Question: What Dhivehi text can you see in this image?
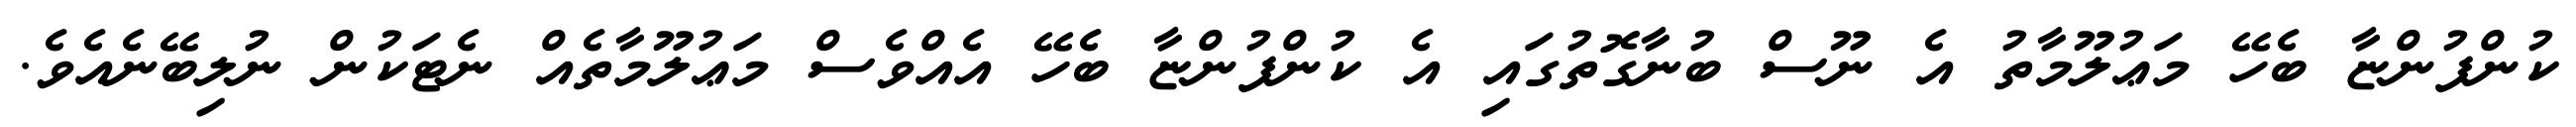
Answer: ކުންފުންޏާ ބެހޭ މަޢުލޫމާތު އެ ނޫސް ބުނާގޮތުގައި އެ ކުންފުންޏާ ބެހޭ އެއްވެސް މަޢުލޫމާތެއް ނެޓަކުން ނުލިބޭނެއެވެ.